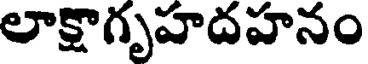
లాక్షాగృహదహనం